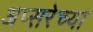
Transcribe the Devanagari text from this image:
अप्सरेच्या